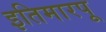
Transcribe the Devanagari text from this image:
इतिमारपू